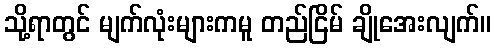
သို့ရာတွင် မျက်လုံးများကမူ တည်ငြိမ် ချိုအေးလျက်။